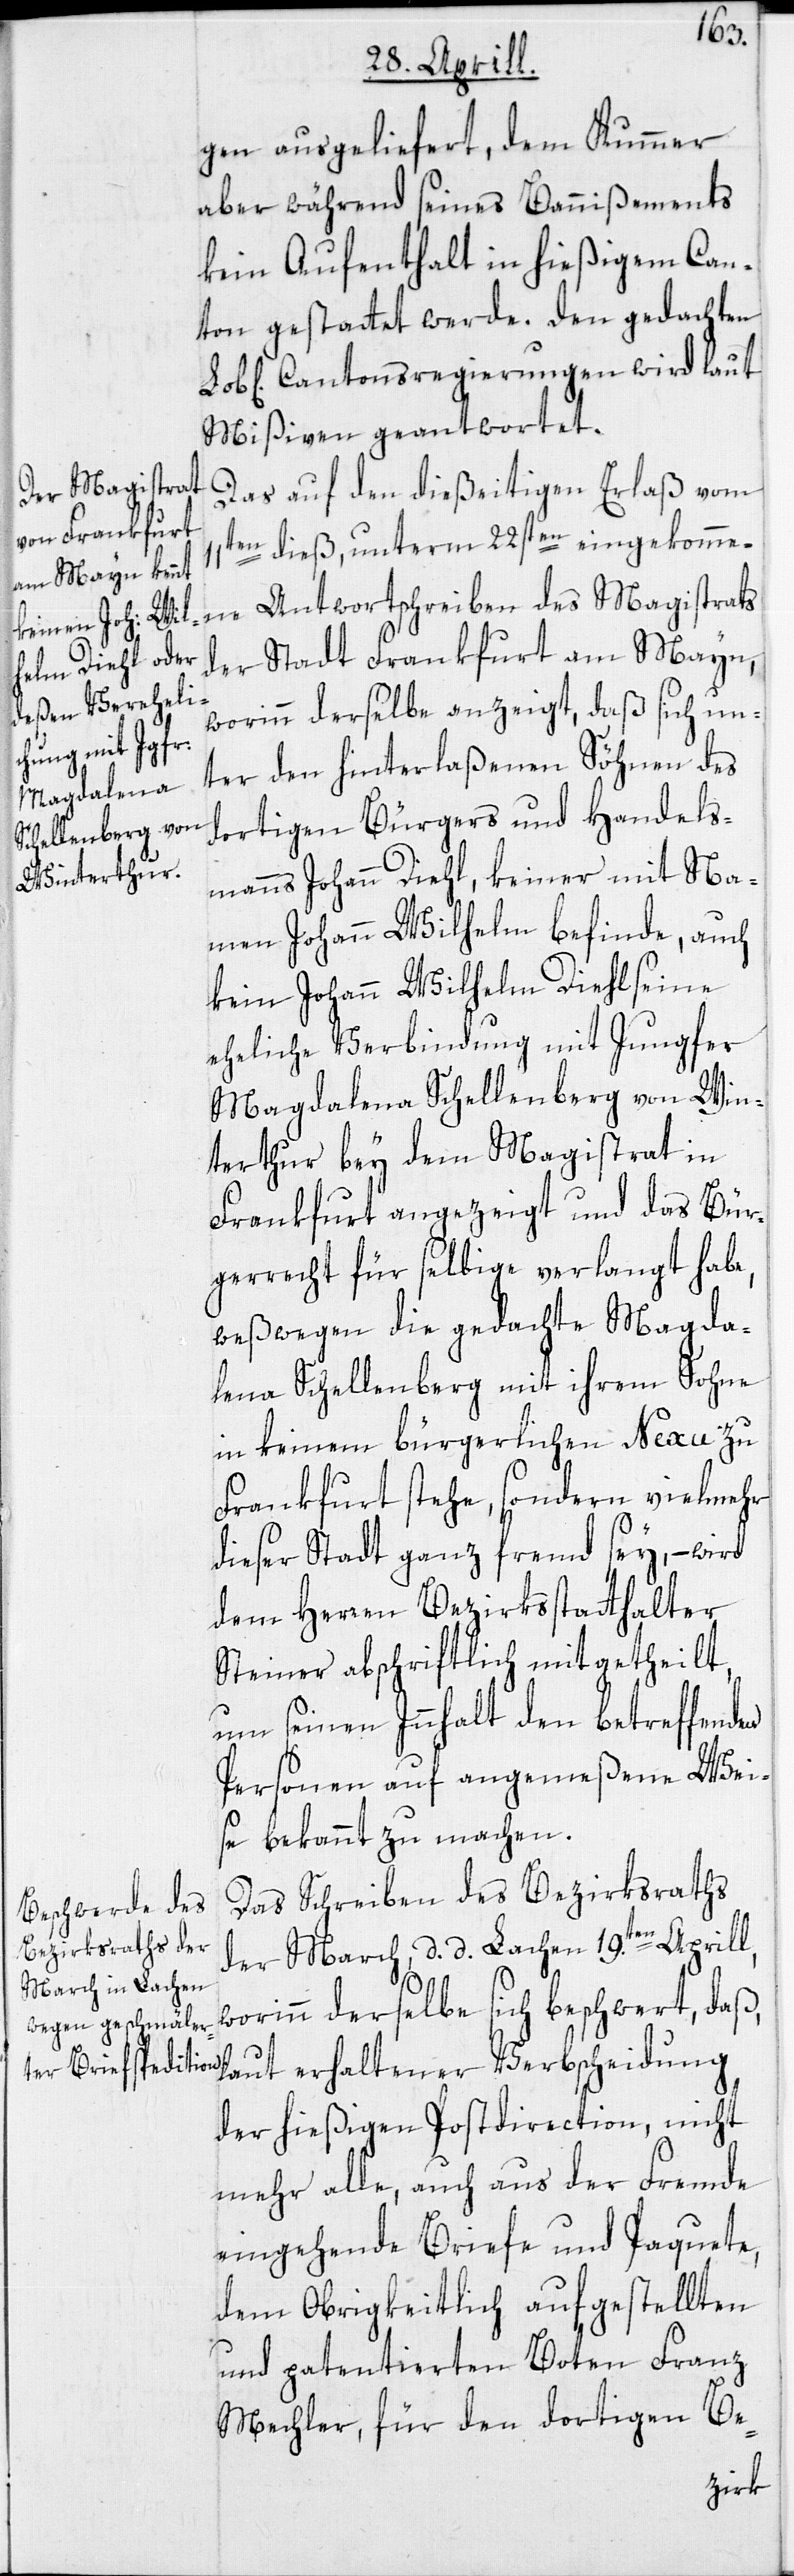
11t¬
gen ausgeliefert, dem Kummer
aber während seines Bannißements
kein Aufenthalt in hießigem Can¬
ton gestattet werde. Den gedachten
Cantonsregierungen wird laut
Mißiven geantwortet.
des Magistrats
Das auf dem dießseitigen Erlaß vom
en dieß, unterm 22sten eingekommene
der Stadt Frankfurt am Mayn,
worinn derselbe anzeigt, daß sich un¬
ter den hinterlaßenen Söhnen des
dortigen Bürgers und Handels¬
manns Johann Diehl, keiner mit Na¬
men Johann Wilhelm befinde, auch
kein Johann Wilhelm Diehl seine
eheliche Verbindung mit Jungfer
Magdalena Schellenberg von Win¬
terthur bey dem Magistrat in
Frankfurt angezeigt und das Bür¬
gerrecht für selbige verlangt habe,
weßwegen die gedachte Magda¬
lena Schellenberg mit ihrem Sohne
in keinem bürgerlichen Nexu zu
Frankfurt stehe, sondern vielmehr
dieser Stadt ganz fremd sey, – wird
dem Herren Bezirksstatthalter
Steiner abschriftlich mitgetheilt,
um seinen Innhalt den betreffenden
Personen auf angemeßene Wei¬
se bekannt zu machen.
Das Schreiben des Bezirksraths
der March, d. d. Lachen 19.ten Aprill,
worinn derselbe sich beschwert, daß,
laut erhaltener Verbscheidung
der hießigen Postdirection, nicht
mehr alle, auch aus der Fremde
eingehende Briefe und Paquete,
dem Obrigkeitlich aufgestellten
und patentierten Boten Franz
Mechler, für den dortigen Be-